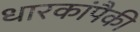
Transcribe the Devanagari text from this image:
धारकांपैकी